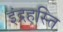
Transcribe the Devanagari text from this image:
इंद्रहस्ति